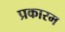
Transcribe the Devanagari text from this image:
प्रकारम